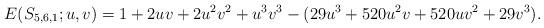
LaTeX: \begin{align*}E(S_{5,6,1};u,v)=1+2uv+2u^2v^2+u^3v^3-(29u^3+520u^2v+520uv^2+29v^3).\end{align*}